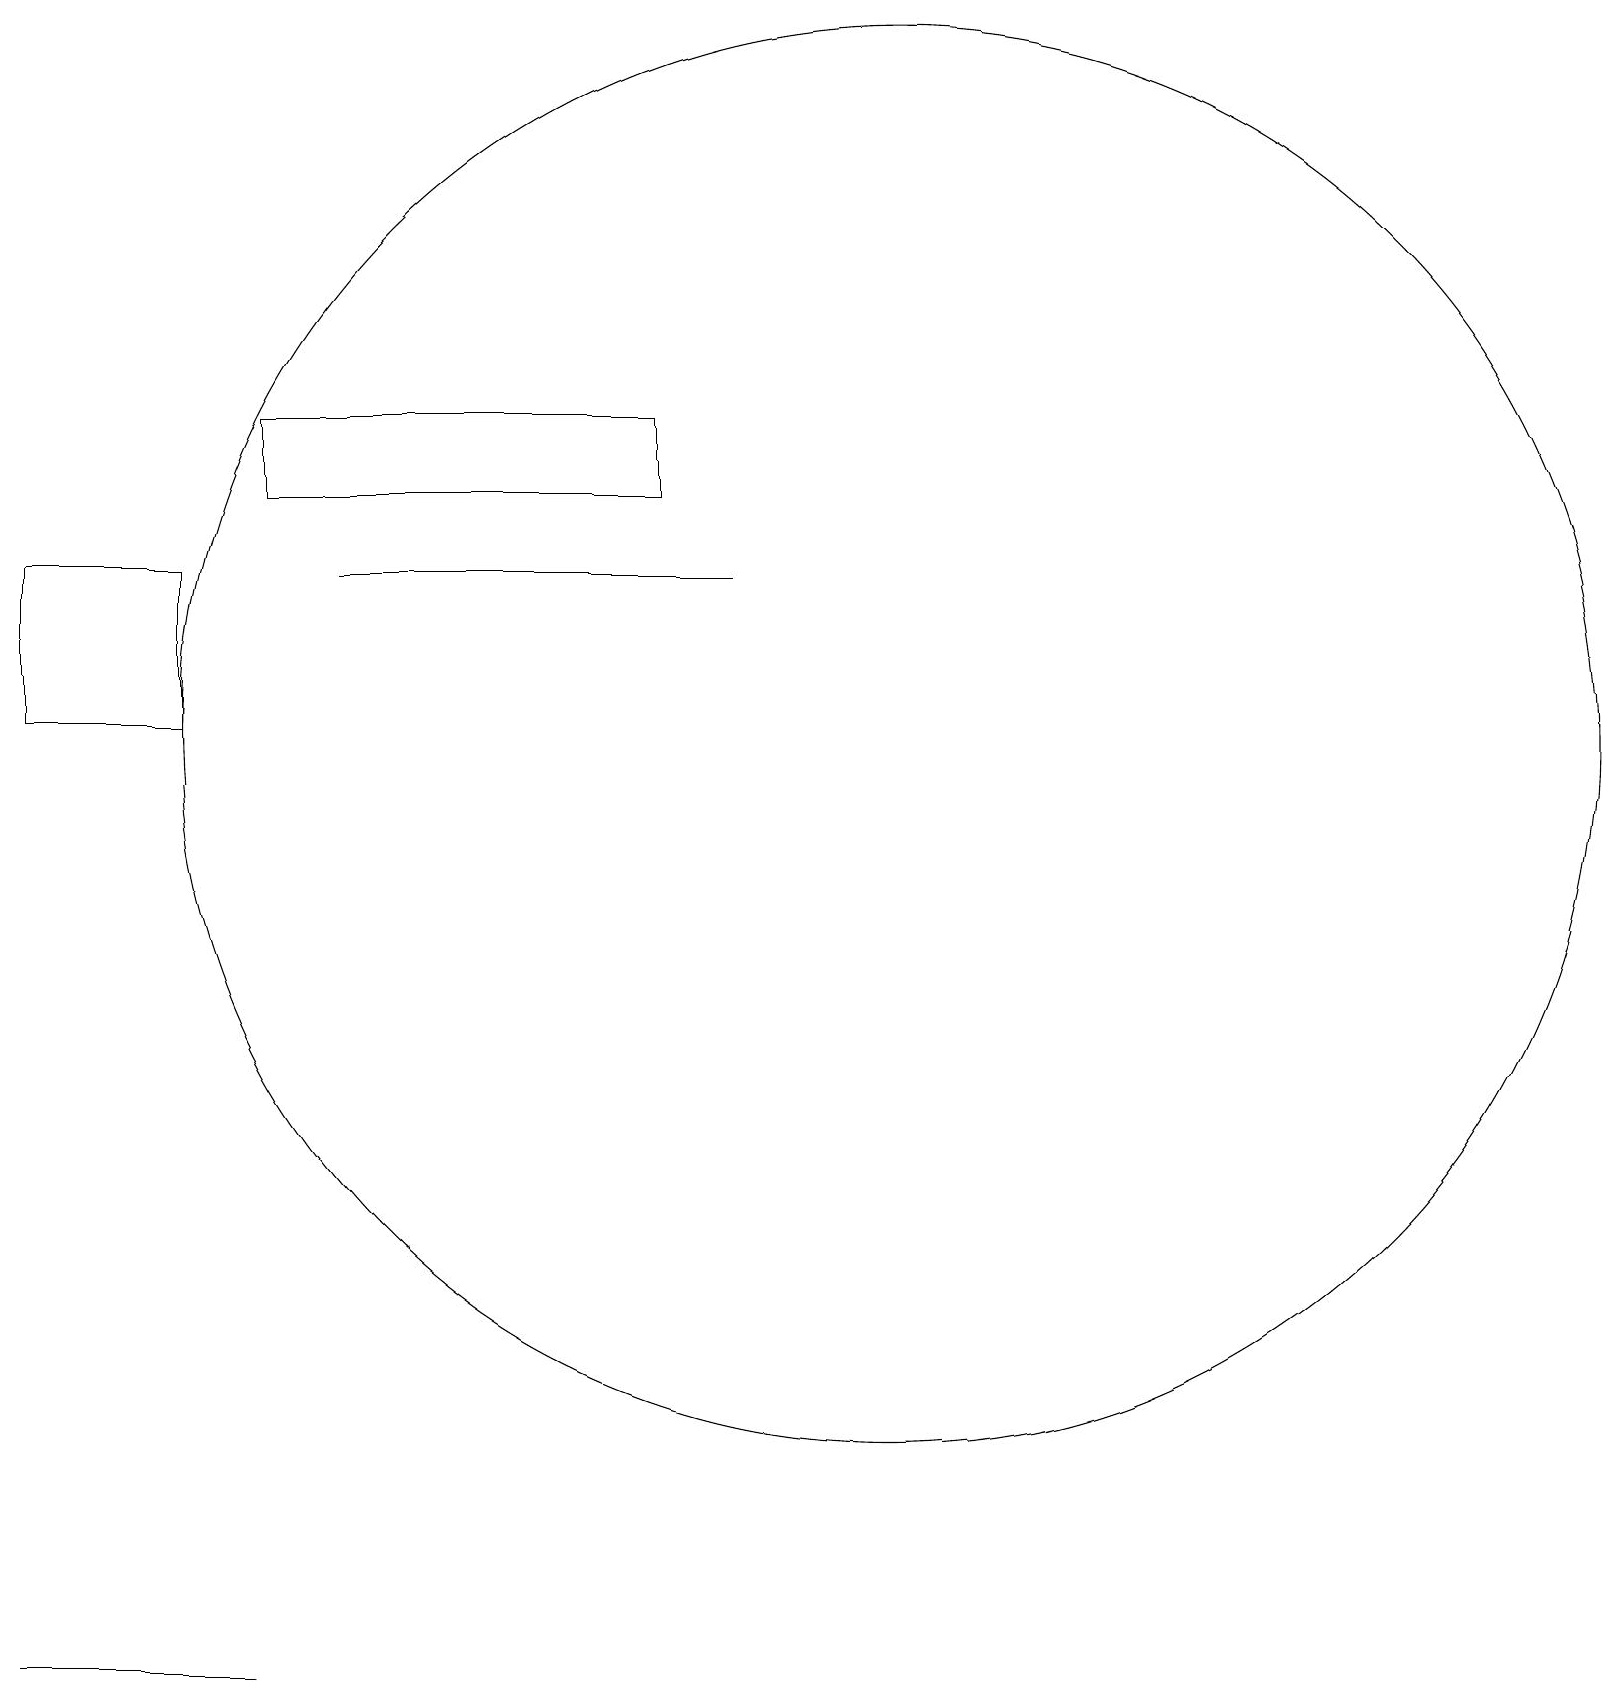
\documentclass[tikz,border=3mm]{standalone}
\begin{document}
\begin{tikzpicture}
\draw (3,16) rectangle (8,15);
\draw (2,12) rectangle (0,14);
\draw (1,0) -- (3,0) -- (0,0) -- cycle;
\draw (9,14) rectangle (4,14);
\draw (11,12) circle (9);
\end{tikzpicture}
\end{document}